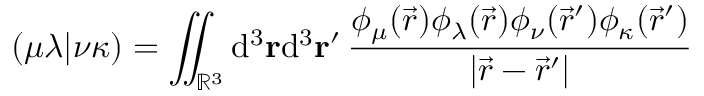
( \mu \lambda \vert \nu \kappa ) = \iint _ { \mathbb { R } ^ { 3 } } \mathrm { d } ^ { 3 } \ensuremath \mathbf { r } \mathrm { d } ^ { 3 } \ensuremath \mathbf { r } ^ { \prime } \, \frac { \phi _ { \mu } ( \vec { r } ) \phi _ { \lambda } ( \vec { r } ) \phi _ { \nu } ( \vec { r } ^ { \prime } ) \phi _ { \kappa } ( \vec { r } ^ { \prime } ) } { \vert \vec { r } - \vec { r } ^ { \prime } \vert }